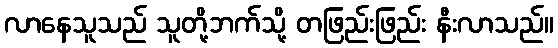
လာနေသူသည် သူတို့ဘက်သို့ တဖြည်းဖြည်း နီးလာသည်။